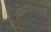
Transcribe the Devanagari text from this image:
न्यायपंचायते